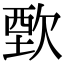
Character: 歅